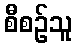
စီစဉ်သူ